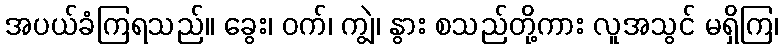
အပယ်ခံကြရသည်။ ခွေး၊ ဝက်၊ ကျွဲ၊ နွား စသည်တို့ကား လူအသွင် မရှိကြ၊